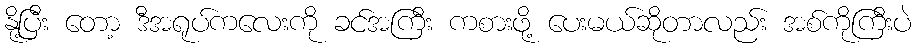
နို့ပြီး တော့ ဒီအရုပ်ကလေးကို ခင်အကြီး ကစားဖို့ ပေးမယ်ဆိုတာလည်း အစ်ကိုကြီးပဲ